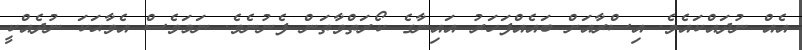
އެއް ނުދައްކައެވެ. އިސްރާއަށް ބައެއްފަހަރު އައިނާގެ ކޯރަތްވާތަން ފެނުނެވެ. ނަމަވެސް އެވާޙަކަ ނުދެއްކީ